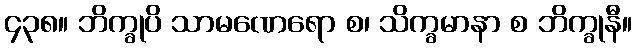
၄၃၈။ ဘိက္ခုပိ သာမဏေရော စ၊ သိက္ခမာနာ စ ဘိက္ခုနီ။